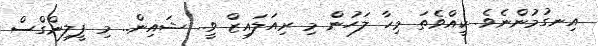
އިނގުމުންނެވެ. ކީއްވެތަ މިހާ ލަހުން މި ރިއަލައިޒް ވީ.. ޝައިން.. މި ފީލިންގްސް